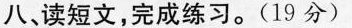
八、读短文，完成练习。(19分)